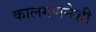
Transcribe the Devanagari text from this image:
कालगणनेशी